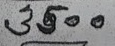
3500